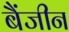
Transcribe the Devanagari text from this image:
बैंजीन